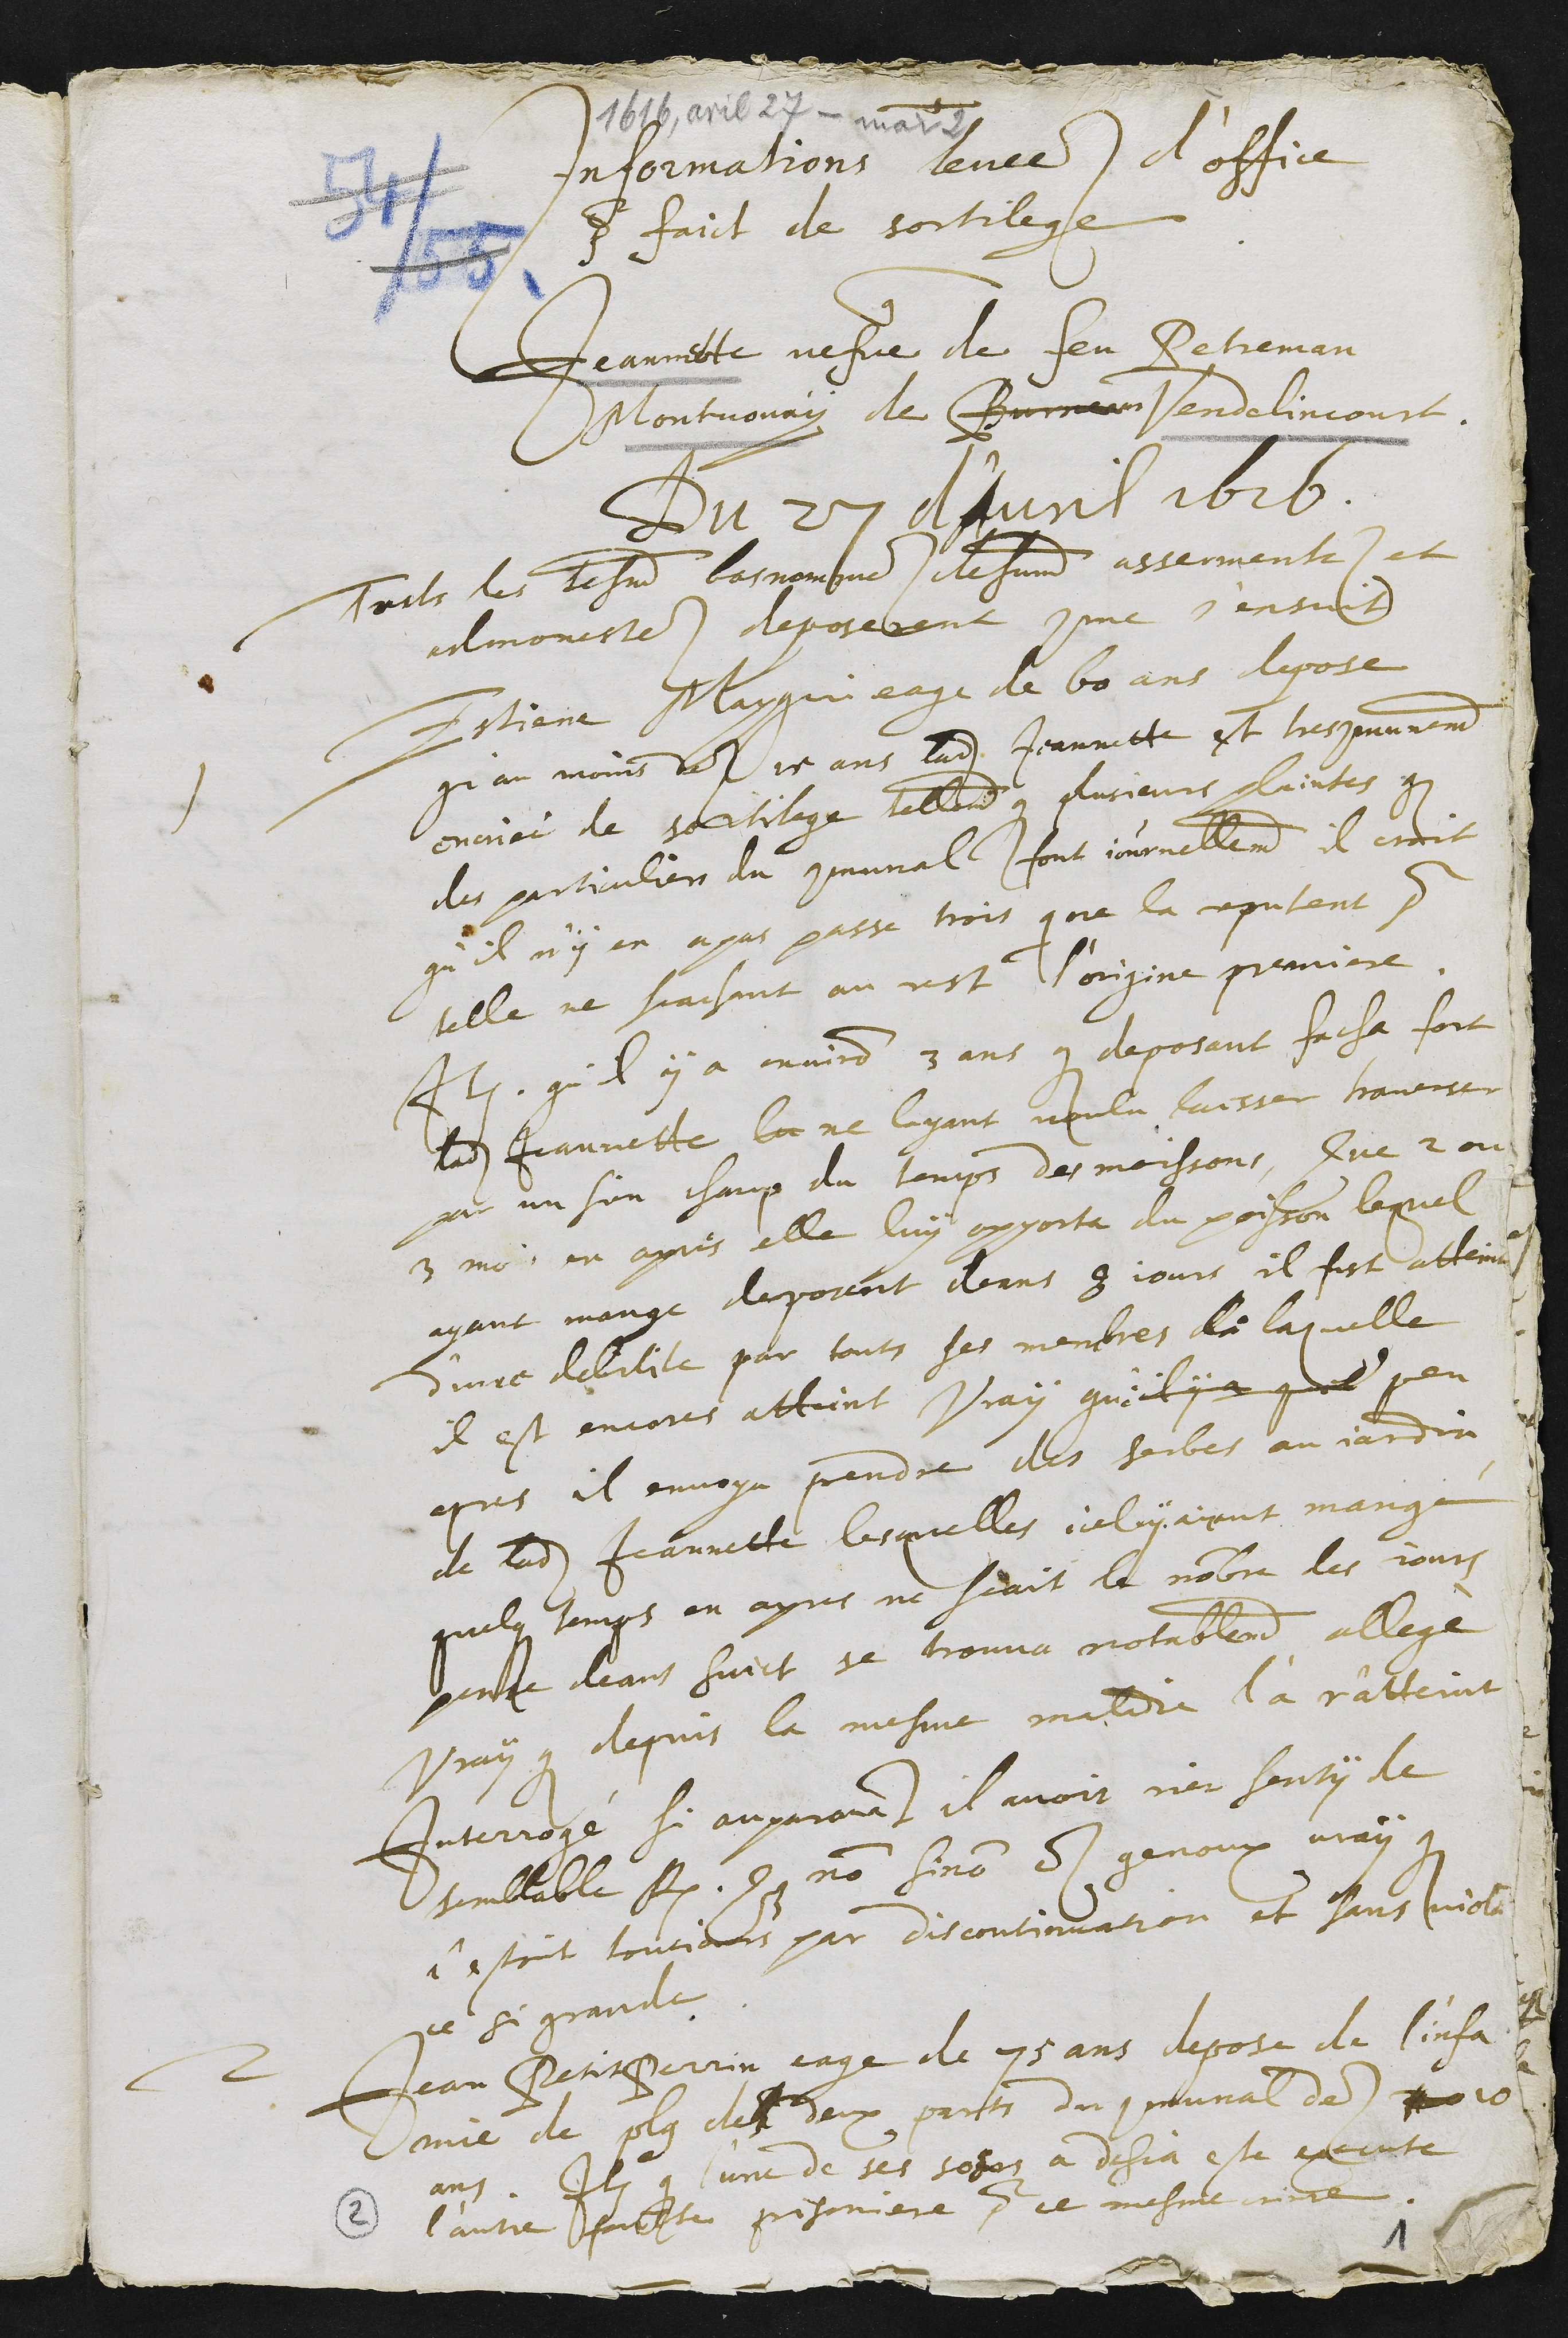
1616, avril 27 - mar 2
Informations levees d'office
pour faict de sortilege
contre
Jeannette vefve de feu Petreman
Montvouhay de Burneve Vendelincourt.
Du 27 d'Avril 1616.
Touts les tesmoins bas nommes dehument assermentes et
admonestes deposerent comme s'ensuit
1 Estiene Maygui eage de 60 ans depose
qu'au moins des 15 ans ladite Jeannette est tres communement
encriée de sortilege tellement que plusieurs plaintes que
des particuliers du communal font journellement il croit
qu'il n'y en a pas passe trois qui ne la reputent pour
telle ne scachant au rest l'origine premiere.
Item qu'il y a environ 3 ans que deposant facha fort
ladite Jeannette la ne layant voulu laisser traverser
par un sien champ du temps des moissons, Que 2 ou
3 mois en apres elle luy apporta du poisson lequel
ayant mange deposant deans 8 jours il fust atteint
d'une debilite par touts ses membres de laquelle
il est encores atteint Vray que il y a quel peu
apres il envoya prendre des herbes au jardin
de ladite Jeannette lesquelles iceluy ayant mangé
quelques temps en apres ne scait le nombre des jours
pense deans huict se trouva notablement allegé
Vray que depuis la mesme maladie l'a r'atteint
Interrogé si auparavant il avoit rien senty de
semblable Repondit que non sinon es genoux vray que
c'estoit tousjours par discontinuation et sans violen
ce si grande
2 Jean PetitPerrin eage de 75 ans depose de l'infa
mie de plus de deux parts du communal des 30 10
ans. Item que l'une de ses soeurs a desja este execute
l'autre faicte prisoniere pour ce mesme crime.